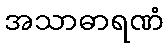
အသာဓာရဏံ